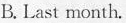
B.Last month.